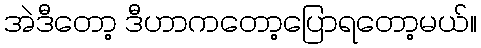
အဲဒီတော့ ဒီဟာကတော့ပြောရတော့မယ်။